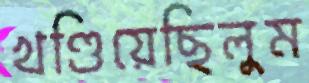
খণ্ডিয়েছিলুম